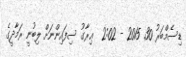
ޑިސެމްބަރު 30